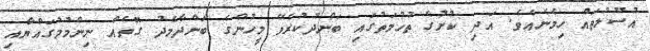
އުސޫލުތައް ހިމެނެއެވެ. އަދި ކުށުގެ ތުހުމަތުގައި ބަންދުކުރެވޭ މީހުންގެ ބަންދާމެދު ގޮތެއް ނިންމުމުގައްޔާއި